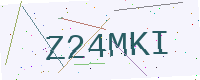
Text: Z24MKI